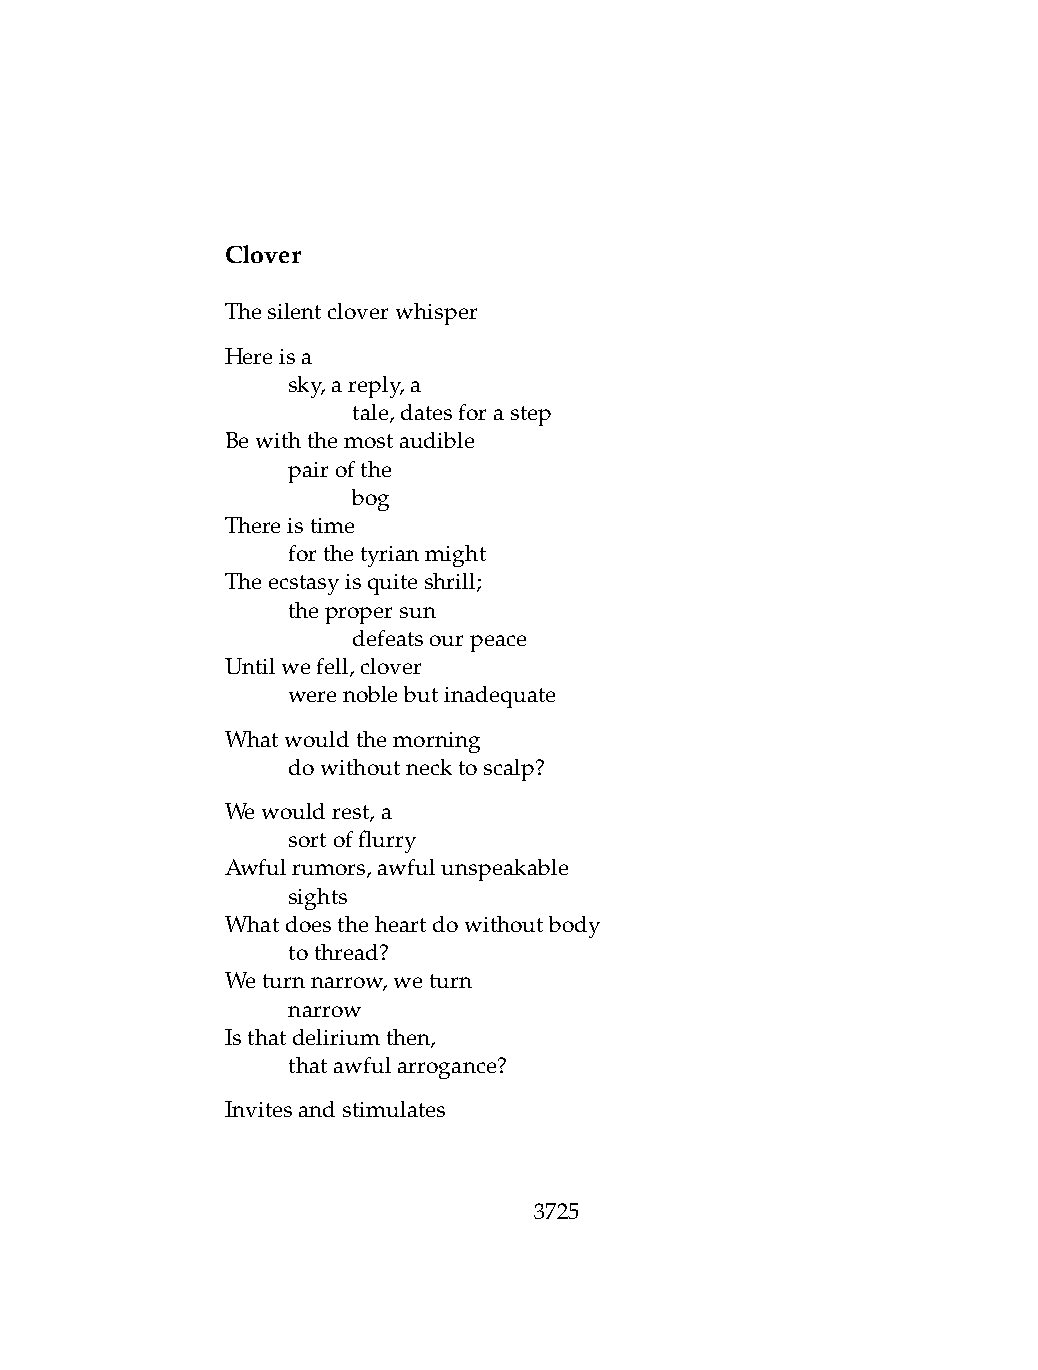
Clover
 Thesilentcloverwhisper
 Hereisa
 .   sky,areply,a
 .   .   tale,datesforastep
 Bewiththemostaudible
 .   pairofthe
 .   .   bog
 Thereistime
 .   forthetyrianmight
 Theecstasyisquiteshrill;
 .   thepropersun
 .   .   defeatsourpeace
 Untilwefell,clover
 .   werenoblebutinadequate
 Whatwouldthemorning
 .   dowithoutnecktoscalp?
 Wewouldrest,a
 .   sortofflurry
 Awfulrumors,awfulunspeakable
 .   sights
 Whatdoestheheartdowithoutbody
 .   tothread?
 Weturnnarrow,weturn
 .   narrow
 Isthatdeliriumthen,
 .   thatawfularrogance?
 Invitesandstimulates
 3725